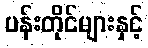
ပန်းတိုင်များနှင့်